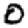
Digit: 0